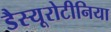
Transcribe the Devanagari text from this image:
डैस्यूरोटीनिया